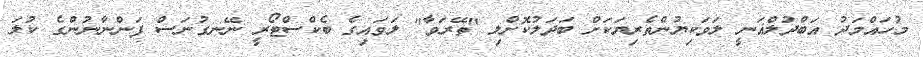
މުހައްމަދު އަބްްދުލްޣަނީ ލަވަކިޔުންތެރިޔަކަށް ބަދަލުކޮށްލި "ތޭރަވާ" ލަވައިގެ ބެކްސްޓޯރީ ނޭނގުނަސް ފަންނާނުންގެ ކުލަ